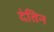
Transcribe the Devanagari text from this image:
दंतिन